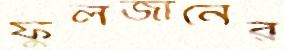
ফুলজানের